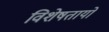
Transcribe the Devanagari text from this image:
विशेषतायों